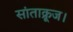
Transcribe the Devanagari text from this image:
सांताक्रूज।